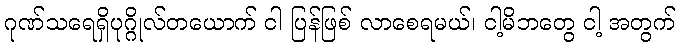
ဂုဏ်သရေရှိပုဂ္ဂိုလ်တယောက် ငါ ပြန်ဖြစ် လာစေရမယ်၊ ငါ့မိဘတွေ ငါ့ အတွက်